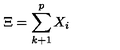
\Xi = \sum _ { k + 1 } ^ { p } X _ { i }